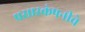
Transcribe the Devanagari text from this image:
प्रसारकंपनीचे